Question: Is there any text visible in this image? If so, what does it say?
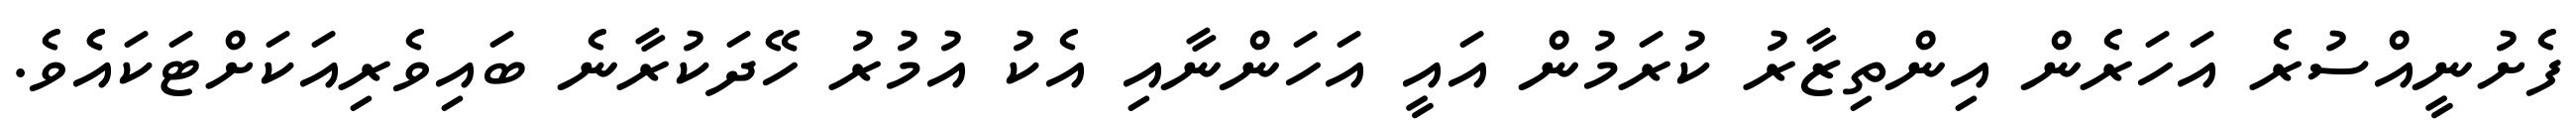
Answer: ފެށުނީއްސުރެ އަހަރެން އިންތިޒާރު ކުރަމުން އައީ އަހަންނާއި އެކު އުމުރު ހޭދަކުރާނެ ބައިވެރިއަކަށްޓަކައެެވެ.